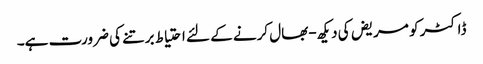
ڈاکٹر کو مریض کی دیکھ-بھال کرنے کے لئے احتیاط برتنے کی ضرورت ہے۔